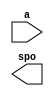
module dist_ROM(
  a,
  spo
);

parameter mem_width=16;
parameter mem_depth=64;
parameter add_width=6;

input [(add_width-1) : 0] a;
output [(mem_width-1) : 0] spo;

// synthesis translate_off

  DIST_MEM_GEN_V7_2 #(
    .C_ADDR_WIDTH(add_width),
    .C_DEFAULT_DATA("0"),
    .C_DEPTH(mem_width),
    .C_FAMILY("spartan6"),
    .C_HAS_CLK(0),
    .C_HAS_D(0),
    .C_HAS_DPO(0),
    .C_HAS_DPRA(0),
    .C_HAS_I_CE(0),
    .C_HAS_QDPO(0),
    .C_HAS_QDPO_CE(0),
    .C_HAS_QDPO_CLK(0),
    .C_HAS_QDPO_RST(0),
    .C_HAS_QDPO_SRST(0),
    .C_HAS_QSPO(0),
    .C_HAS_QSPO_CE(0),
    .C_HAS_QSPO_RST(0),
    .C_HAS_QSPO_SRST(0),
    .C_HAS_SPO(1),
    .C_HAS_SPRA(0),
    .C_HAS_WE(0),
    .C_MEM_INIT_FILE("dist_ROM.mif"),
    .C_MEM_TYPE(0),
    .C_PARSER_TYPE(1),
    .C_PIPELINE_STAGES(0),
    .C_QCE_JOINED(0),
    .C_QUALIFY_WE(0),
    .C_READ_MIF(1),
    .C_REG_A_D_INPUTS(0),
    .C_REG_DPRA_INPUT(0),
    .C_SYNC_ENABLE(1),
    .C_WIDTH(mem_width)
  )
  inst (
    .A(a),
    .SPO(spo),
    .D(),
    .DPRA(),
    .SPRA(),
    .CLK(),
    .WE(),
    .I_CE(),
    .QSPO_CE(),
    .QDPO_CE(),
    .QDPO_CLK(),
    .QSPO_RST(),
    .QDPO_RST(),
    .QSPO_SRST(),
    .QDPO_SRST(),
    .DPO(),
    .QSPO(),
    .QDPO()
  );

// synthesis translate_on

endmodule